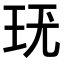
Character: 𤤞